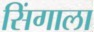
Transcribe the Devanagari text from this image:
सिंगाला